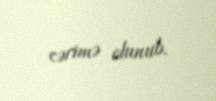
cərimə olunub.